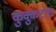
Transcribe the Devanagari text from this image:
कुक्कुटाद्य